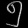
Digit: ၅